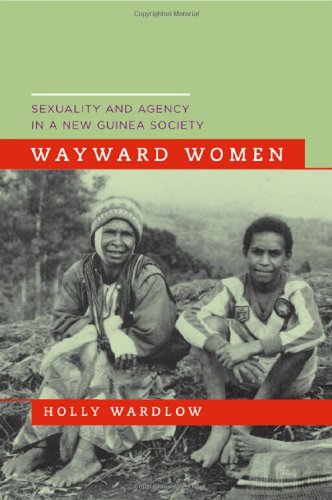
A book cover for Wayward Women: Sexuality and Agency in a New Guinea Society; Holly Wardlow; History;